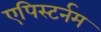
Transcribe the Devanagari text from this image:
एपिस्टर्नम